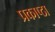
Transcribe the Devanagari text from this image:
प्रकाष्ठा